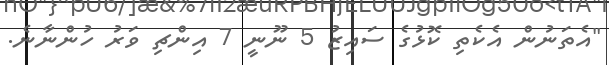
"އެތަނުން އެކެތި ކޮޅުގެ ސައިޒު 5 ނޫނީ 7 އިންޗި ވަރު ހުންނާނެ.